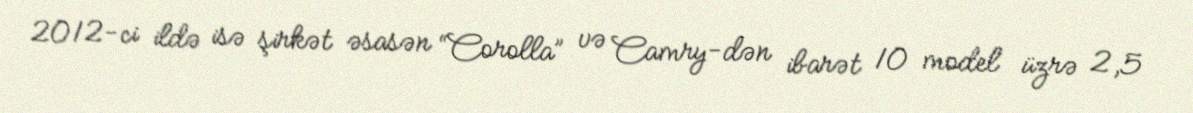
2012-ci ildə isə şirkət əsasən “Corolla” və Camry-dən ibarət 10 model üzrə 2,5